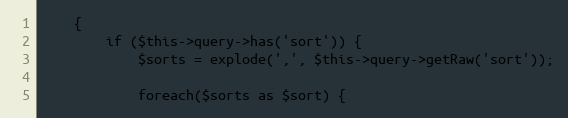
Language: PHP
    {
        if ($this->query->has('sort')) {
            $sorts = explode(',', $this->query->getRaw('sort'));

            foreach($sorts as $sort) {